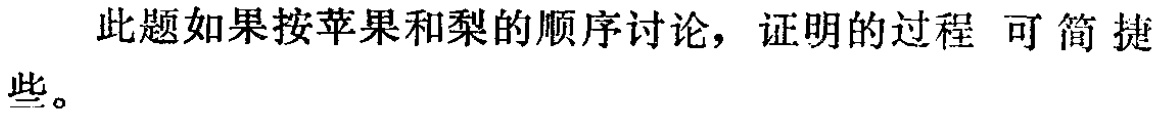
此题如果按苹果和梨的顺序讨论，证明的过程 可简捷些。